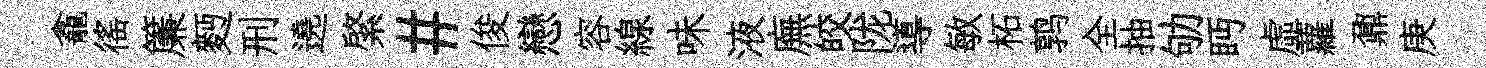
龕徭簾麪刑遶綮#俊戀容線味液廡皎陇導敏柘鹑全抽劬眄虛蘿鼐庚